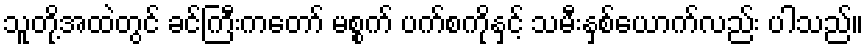
သူတို့အထဲတွင် ခင်ကြီးကတော် မစ္စက် ပက်စကိုနှင့် သမီးနှစ်ယောက်လည်း ပါသည်။